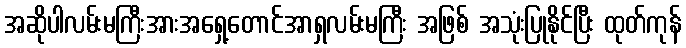
အဆိုပါလမ်းမကြီးအားအရှေ့တောင်အာရှလမ်းမကြီး အဖြစ် အသုံးပြုနိုင်ပြီး ထုတ်ကုန်